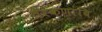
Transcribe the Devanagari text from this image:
तेरकणांबि